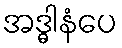
အဒ္ဓါနံပေ